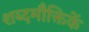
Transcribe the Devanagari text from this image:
शब्दमौक्तिकें